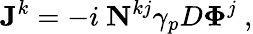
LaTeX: {\mathbf J}^{k}=-i~{\mathbf N}^{kj}\gamma_{p}D{\mathbf\Phi}^{j}~,